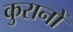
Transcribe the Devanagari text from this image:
कुरानों